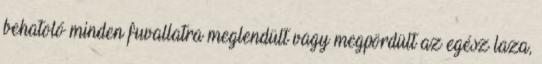
behatoló minden fuvallatra meglendült vagy megpördült az egész laza,